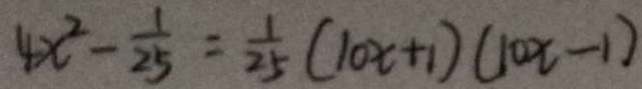
4 x ^ { 2 } - \frac { 1 } { 2 5 } = \frac { 1 } { 2 5 } ( 1 0 x + 1 ) ( 1 0 x - 1 )